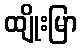
ထျိုးမြာ